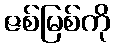
ဇစ်မြစ်ကို